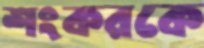
শংকরকে